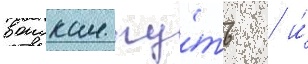
воискам пу́ть / и́